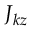
J _ { k z }